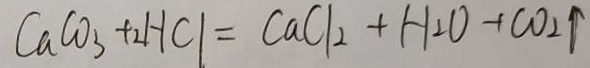
C a C O _ { 3 } + 2 H C l = C a C l _ { 2 } + H _ { 2 } O + C O _ { 2 } \uparrow